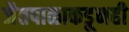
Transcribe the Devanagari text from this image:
जैतपाळाकडूनही